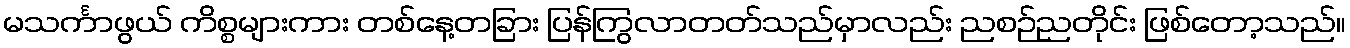
မသင်္ကာဖွယ် ကိစ္စများကား တစ်နေ့တခြား ပြန်ကြွလာတတ်သည်မှာလည်း ညစဉ်ညတိုင်း ဖြစ်တော့သည်။